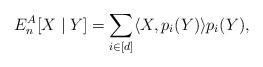
LaTeX: \begin{align*} E_n^A[X\mid Y] = \sum_{i\in [d]} \langle X,p_i(Y) \rangle p_i(Y),\end{align*}